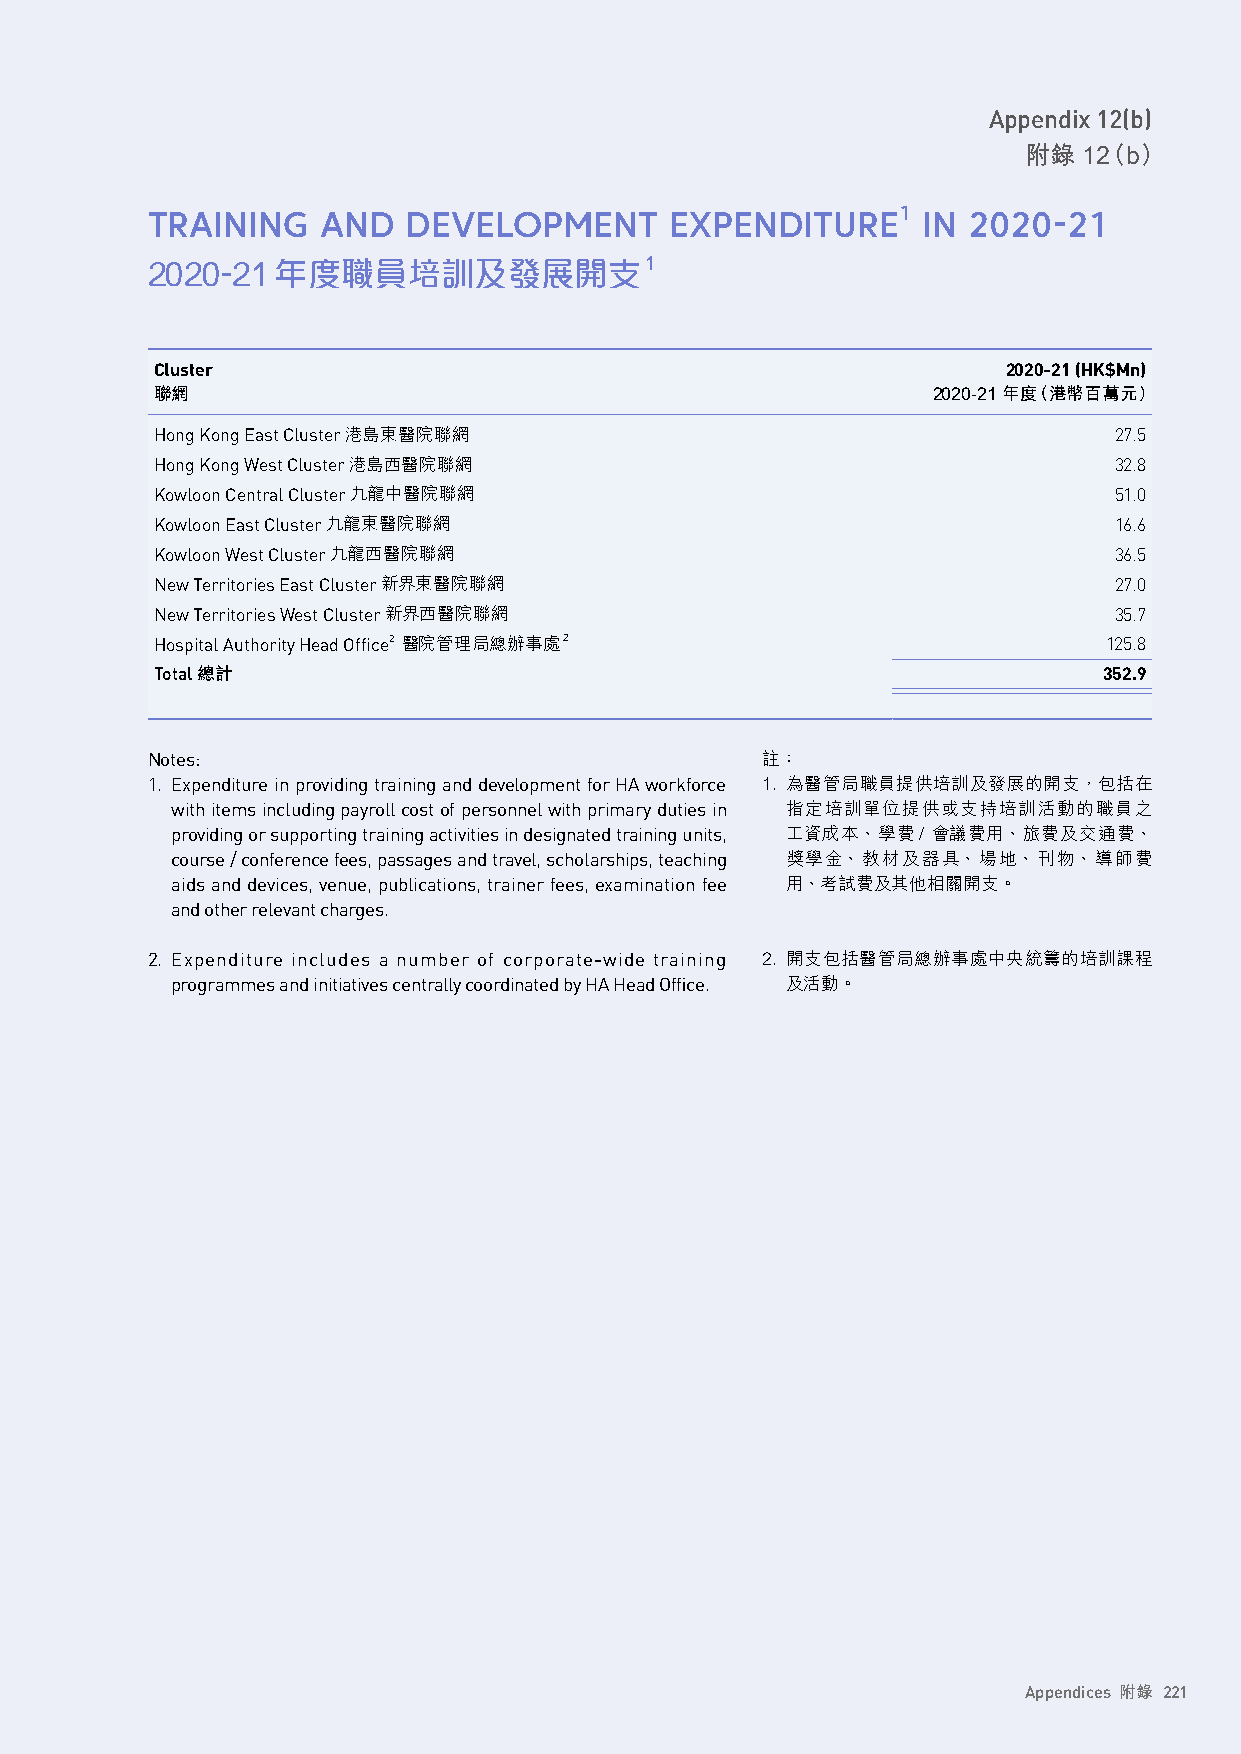
Appendix 12(b)
 附錄  12（b）
 TRAINING   AND   DEVELOPMENT      EXPENDITURE1     IN 2020-21
 2020-21年度職員培訓及發展開支1
 Cluster                                                  2020-21 (HK$Mn)
 聯網                                                  2020-21 年度（港幣百萬元）
 Hong Kong East Cluster 港島東醫院聯網                                  27.5
 Hong Kong West Cluster 港島西醫院聯網                                  32.8
 Kowloon Central Cluster 九龍中醫院聯網                                 51.0
 Kowloon East Cluster 九龍東醫院聯網                                    16.6
 Kowloon West Cluster 九龍西醫院聯網                                    36.5
 New Territories East Cluster 新界東醫院聯網                            27.0
 New Territories West Cluster新界西醫院聯網                             35.7
 Hospital Authority Head Office2 醫院管理局總辦事處2                     125.8
 Total 總計                                                       352.9
 Notes:                                  註：
 1. Expenditure in providing training and development for HA workforce 1. 為醫管局職員提供培訓及發展的開支，包括在
 with items including payroll cost of personnel with primary duties in 指定培訓單位提供或支持培訓活動的職員之
 providing or supporting training activities in designated training units, 工資成本、學費/ 會議費用、旅費及交通費、
 course / conference fees, passages and travel, scholarships, teaching 獎學金、教材及器具、場地、刊物、導師費
 aids and devices, venue, publications, trainer fees, examination fee 用、考試費及其他相關開支。
 and other relevant charges.
 2. Expenditure includes a number of corporate-wide training 2. 開支包括醫管局總辦事處中央統籌的培訓課程
 programmes and initiatives centrally coordinated by HA Head Office. 及活動。
 Appendices 附錄 221